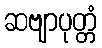
ဆဗျာပုတ္တံ